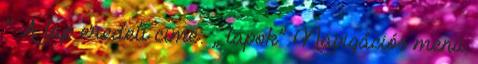
” A lap eredeti címe: „ lapok” Navigációs menü